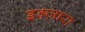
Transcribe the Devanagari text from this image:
इक्ज़ारा